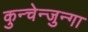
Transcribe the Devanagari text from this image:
कुन्चेन्जुन्गा